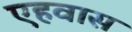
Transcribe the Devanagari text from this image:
एहवास